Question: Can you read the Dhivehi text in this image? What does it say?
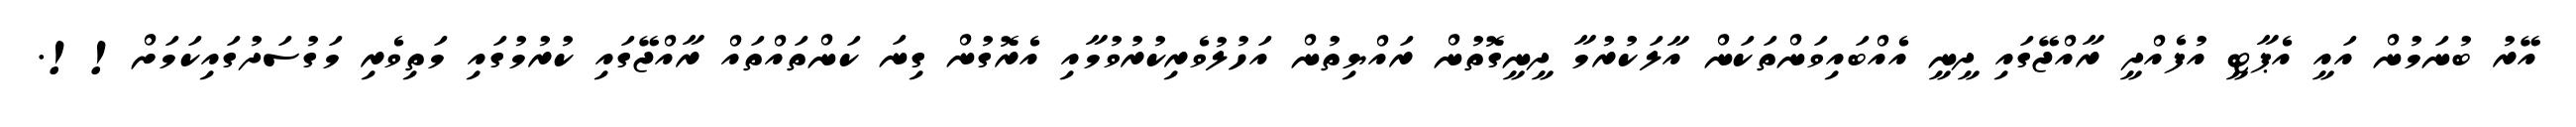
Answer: އޭރު ބުނަމުން އައީ އެޕާޓީ އުފެއްދީ ރާއްޖޭގައި ދީނީ އެއްބައިވަންތަކަން އާލަކުރުމާ ދީނީގޮތުން ރައްޔިތުން އަހުލުވެރިކުރުވުމާއި އެރޮގުން ގިނަ ކަންތައްތައް ރާއްޖޭގައި ކުރުމުގައި މަތިވެރި މަގުސަދުގައިކަމަށް!!.